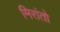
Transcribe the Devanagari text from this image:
मिरांतो